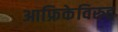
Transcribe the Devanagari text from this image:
आफ्रिकेविरुद्द